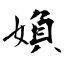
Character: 媍